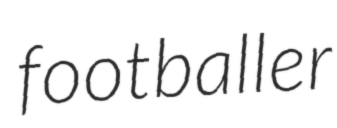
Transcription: footballer